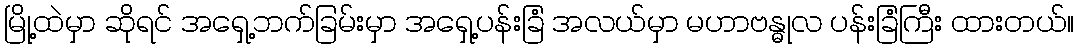
မြို့ထဲမှာ ဆိုရင် အရှေ့ဘက်ခြမ်းမှာ အရှေ့ပန်းခြံ အလယ်မှာ မဟာဗန္ဓုလ ပန်းခြံကြီး ထားတယ်။